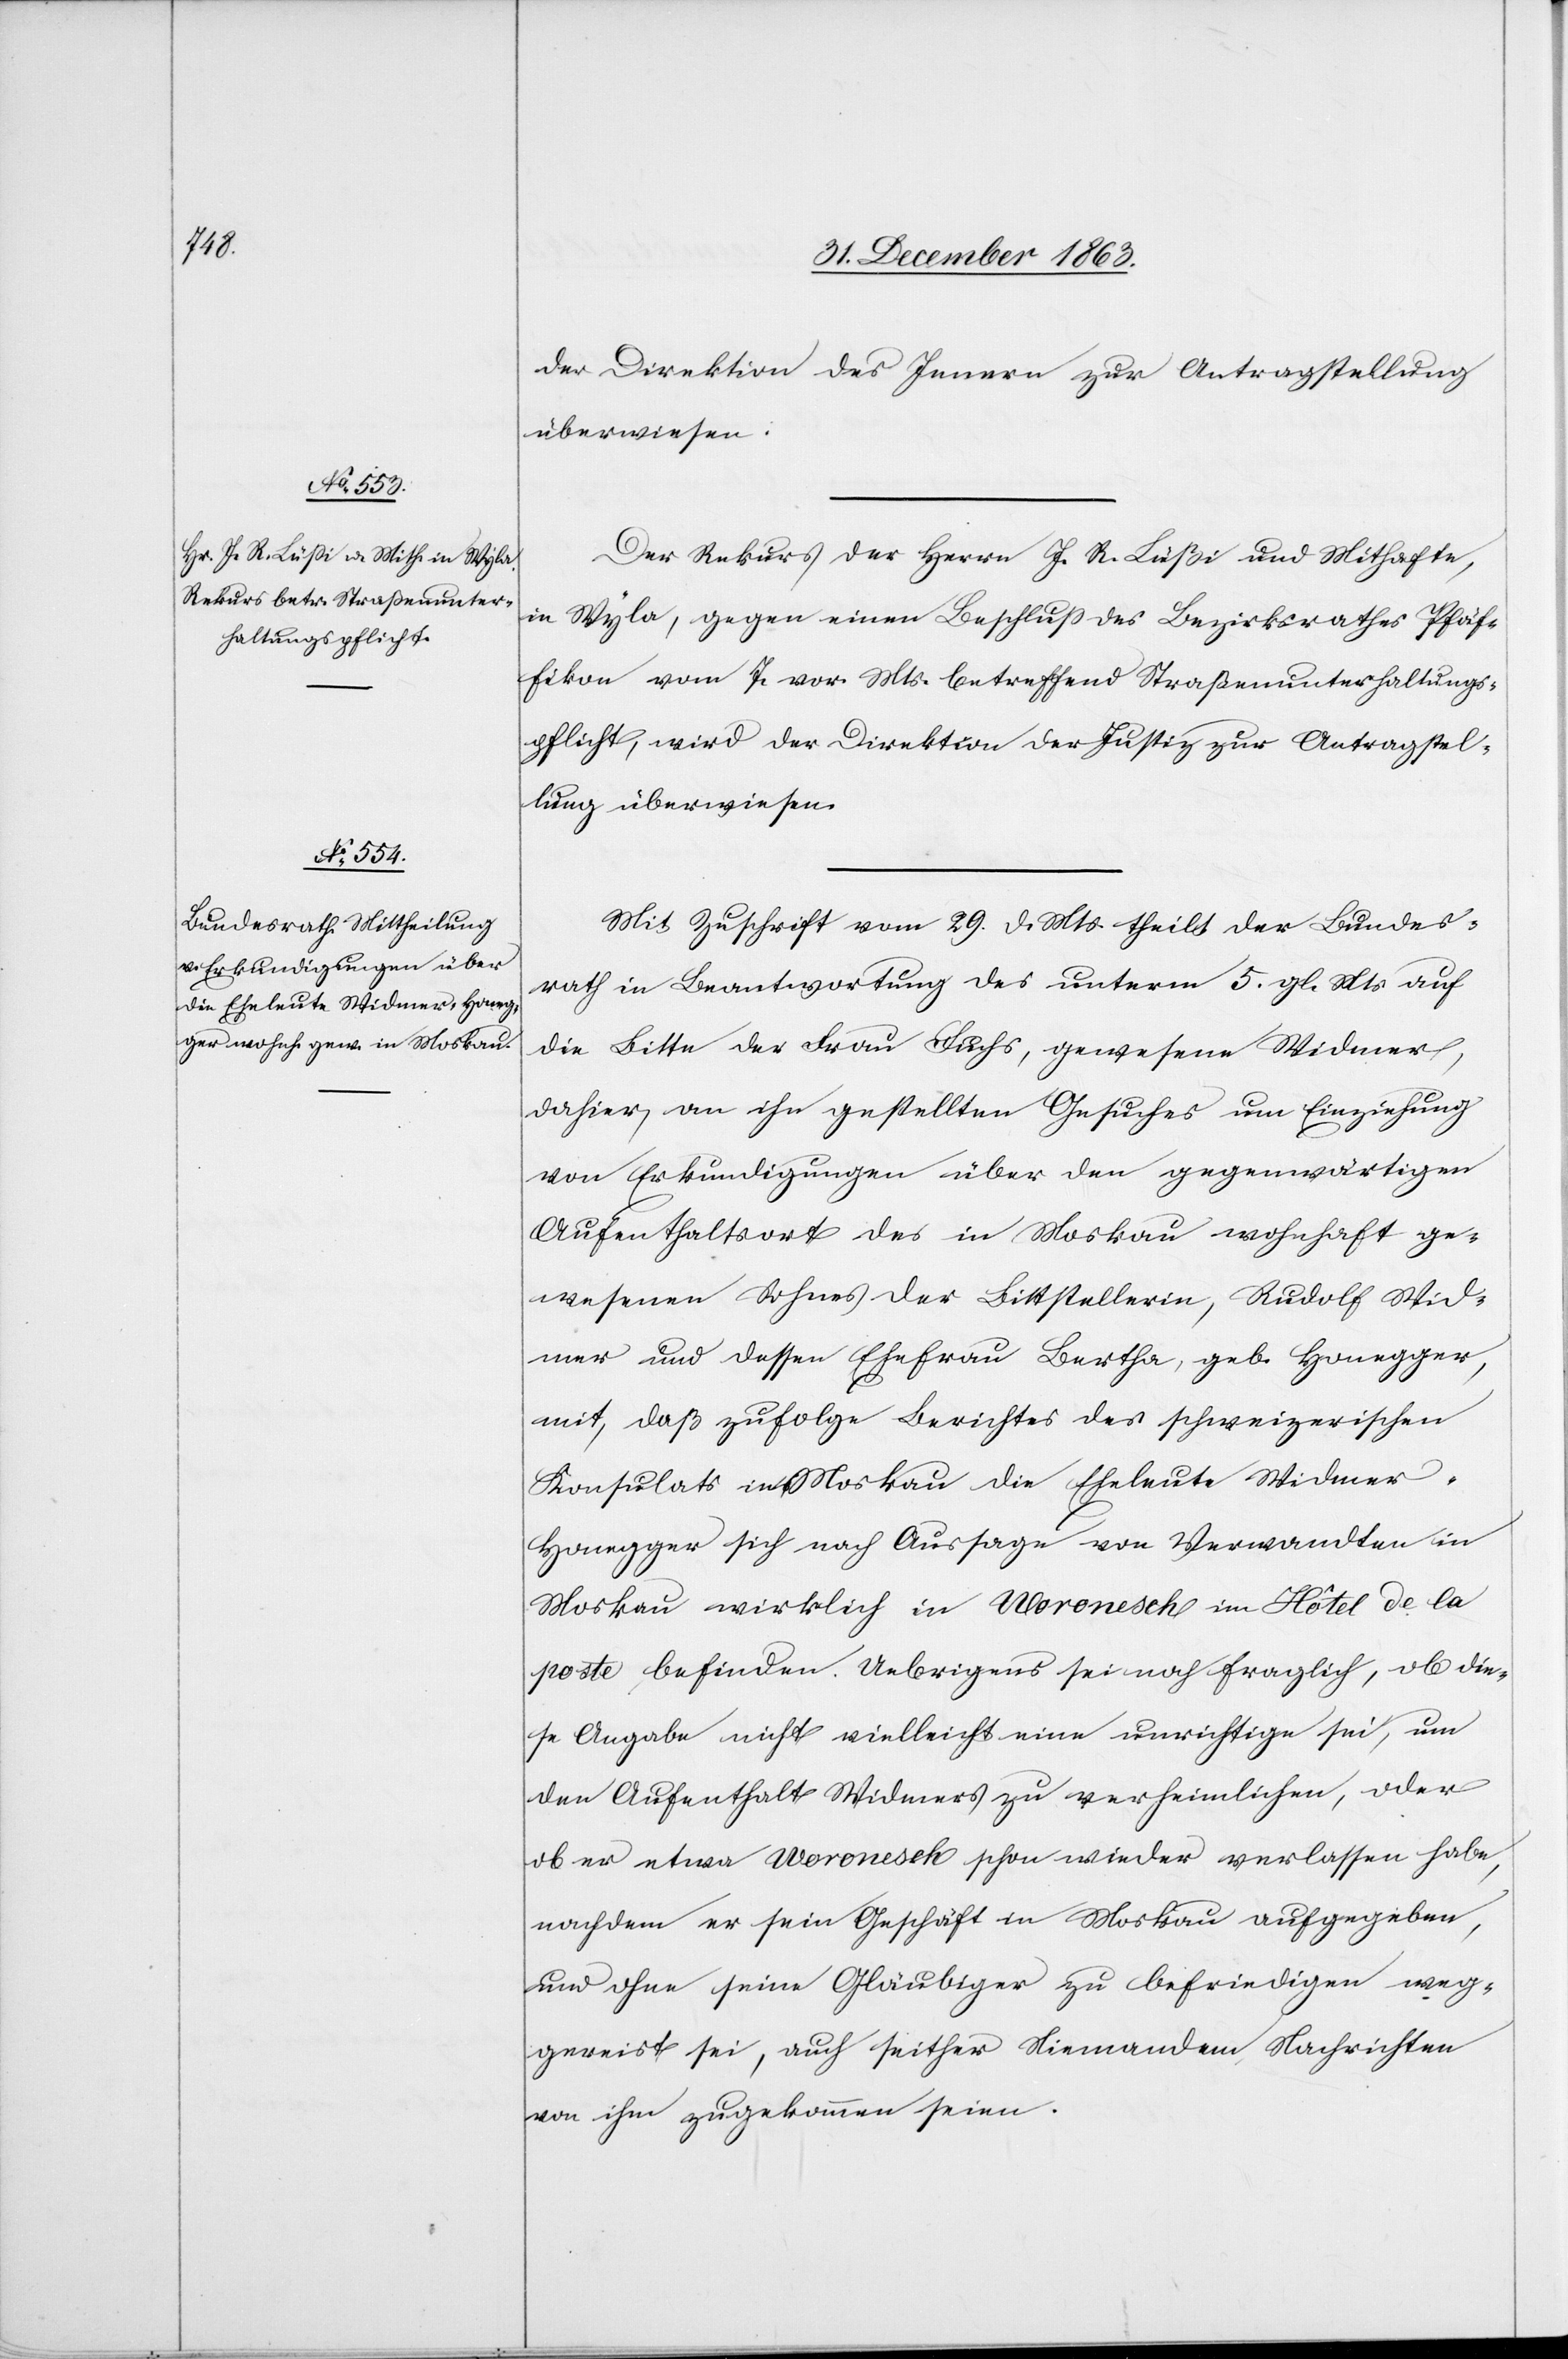
4.

der Direktion des Innern zur Antragstellung
überwiesen.
Der Rekurs der Herrn J. R. Lüßi und Mithafte,
in Wyla, gegen einen Beschluss des Bezirksrathes Pfäf¬
fikon vom 7. vor. Mts. betreffend Straßenunterhaltungs¬
pflicht, wird der Direktion der Justiz zur Antragstel¬
lung überwiesen.
Mit Zuschrift vom 29. d. Mts. theilt der Bundes¬
rath in Beantwortung des unterm 5. gl. Mts auf
die Bitte der Frau Fuchs, gewesene Widmer,
dahier, an ihn gestellten Gesuches um Einziehung
von Erkundigungen über den gegenwärtigen
Aufenthaltsort des in Moskau wohnhaft ge¬
wesenen Sohnes der Bittstellerin, Rudolf Wid¬
mer und dessen Ehefrau Bertha, geb. Honegger,
mit, daß zufolge Berichtes des schweizerischen
Konsulats in Moskau die Eheleute Widmer-H¬
onegger sich nach Aussage von Verwandten in
Moskau wirklich in Woronesch im Hôtel de la
poste befinden. Uebrigens sei noch fraglich, ob die¬
se Angabe nicht vielleicht eine unrichtige sei, um
den Aufenthalt Widmers zu verheimlich, oder
ob er etwa Woronesch schon wieder verlassen habe,
nachdem er sein Geschäft in Moskau aufgegeben,
und ohne seine Gläubiger zu befriedigen weg¬
gereist sei, auch seither Niemandem Nachrichten
von ihm zugekommen seien.